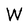
Character: W